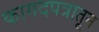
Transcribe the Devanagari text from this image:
कागदपत्रातून